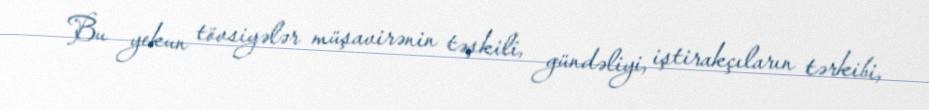
Bu yekun tövsiyələr müşavirənin təşkili, gündəliyi, iştirakçıların tərkibi,